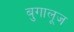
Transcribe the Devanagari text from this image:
बुगालूज